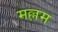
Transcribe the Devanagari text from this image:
मल्लम